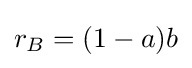
r_{B}=(1-a)b